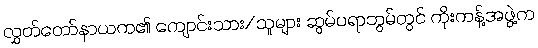
လွှတ်တော်နာယက၏ ကျောင်းသား/သူများ ဆွမ်ပရာဘွမ်တွင် ကိုးကန့်အဖွဲ့က